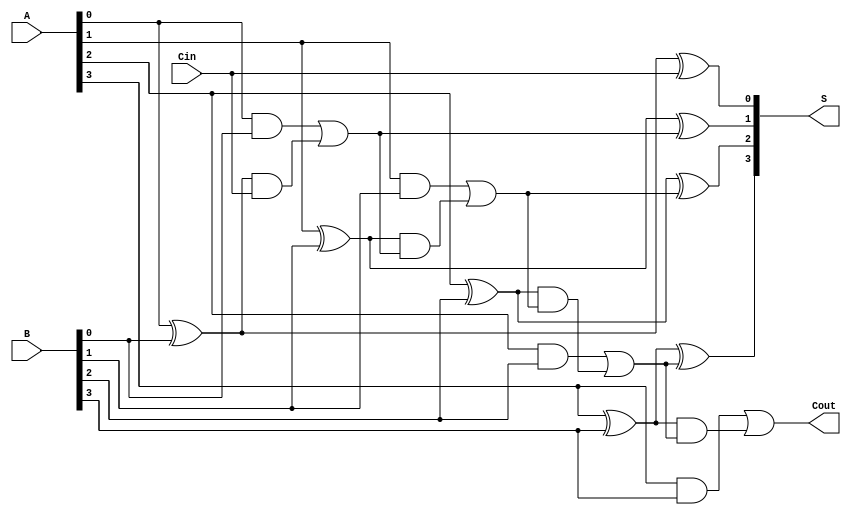
module CLA #(parameter n = 4) (
    input  [n-1:0] A,     // n-bit input A
    input  [n-1:0] B,     // n-bit input B
    input          Cin,    // Carry input
    output [n-1:0] S,     // n-bit sum output
    output         Cout     // Carry output
);

// Generate and Propagate signals
wire [n-1:0] G; // Generate signals
wire [n-1:0] P; // Propagate signals
wire [n:0] C;   // Carry signals

// Generate and Propagate logic
genvar i;
generate
    for (i = 0; i < n; i = i + 1) begin : gen_prop
        assign G[i] = A[i] & B[i];      // Generate
        assign P[i] = A[i] ^ B[i];      // Propagate
    end
endgenerate

// Carry signals calculation
assign C[0] = Cin; // Initial carry input
generate
    for (i = 0; i < n; i = i + 1) begin : carry_calc
        if (i == 0) begin
            assign C[i + 1] = G[i] | (P[i] & C[i]);
        end else begin
            assign C[i + 1] = G[i] | (P[i] & C[i]);
        end
    end
endgenerate

// Sum calculation
generate
    for (i = 0; i < n; i = i + 1) begin : sum_calc
        assign S[i] = P[i] ^ C[i]; // Sum
    end
endgenerate

// Final carry output
assign Cout = C[n];

endmodule